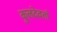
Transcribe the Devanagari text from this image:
कुलदेवतां